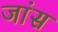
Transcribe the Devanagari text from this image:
जांस